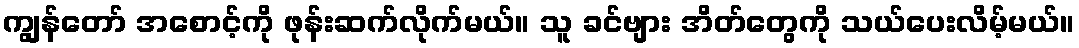
ကျွန်တော် အစောင့်ကို ဖုန်းဆက်လိုက်မယ်။ သူ ခင်ဗျား အိတ်တွေကို သယ်ပေးလိမ့်မယ်။